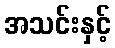
အသင်းနှင့်